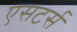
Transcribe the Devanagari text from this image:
एसटर्स